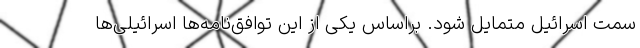
سمت اسرائیل متمایل شود. براساس یکی از این توافق‌نامه‌ها اسرائیلی‌ها